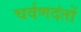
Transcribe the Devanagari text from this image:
चर्वणदंतों